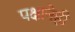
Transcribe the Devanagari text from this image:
पक्षानेही